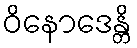
ဝိနောဒေန္တိ